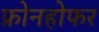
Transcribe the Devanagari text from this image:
फ्रोनहोफर